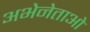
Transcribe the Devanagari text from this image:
अभेनेताओं